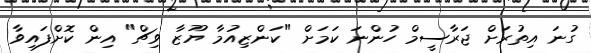
ގުނަ އިތުރަށް ޖަރާސީމް ހުންނަ ކަމަށް "ކަންޒިއުމާ ޔޫޒާ ވިޗް" އިން ކޮށްފައިވާ